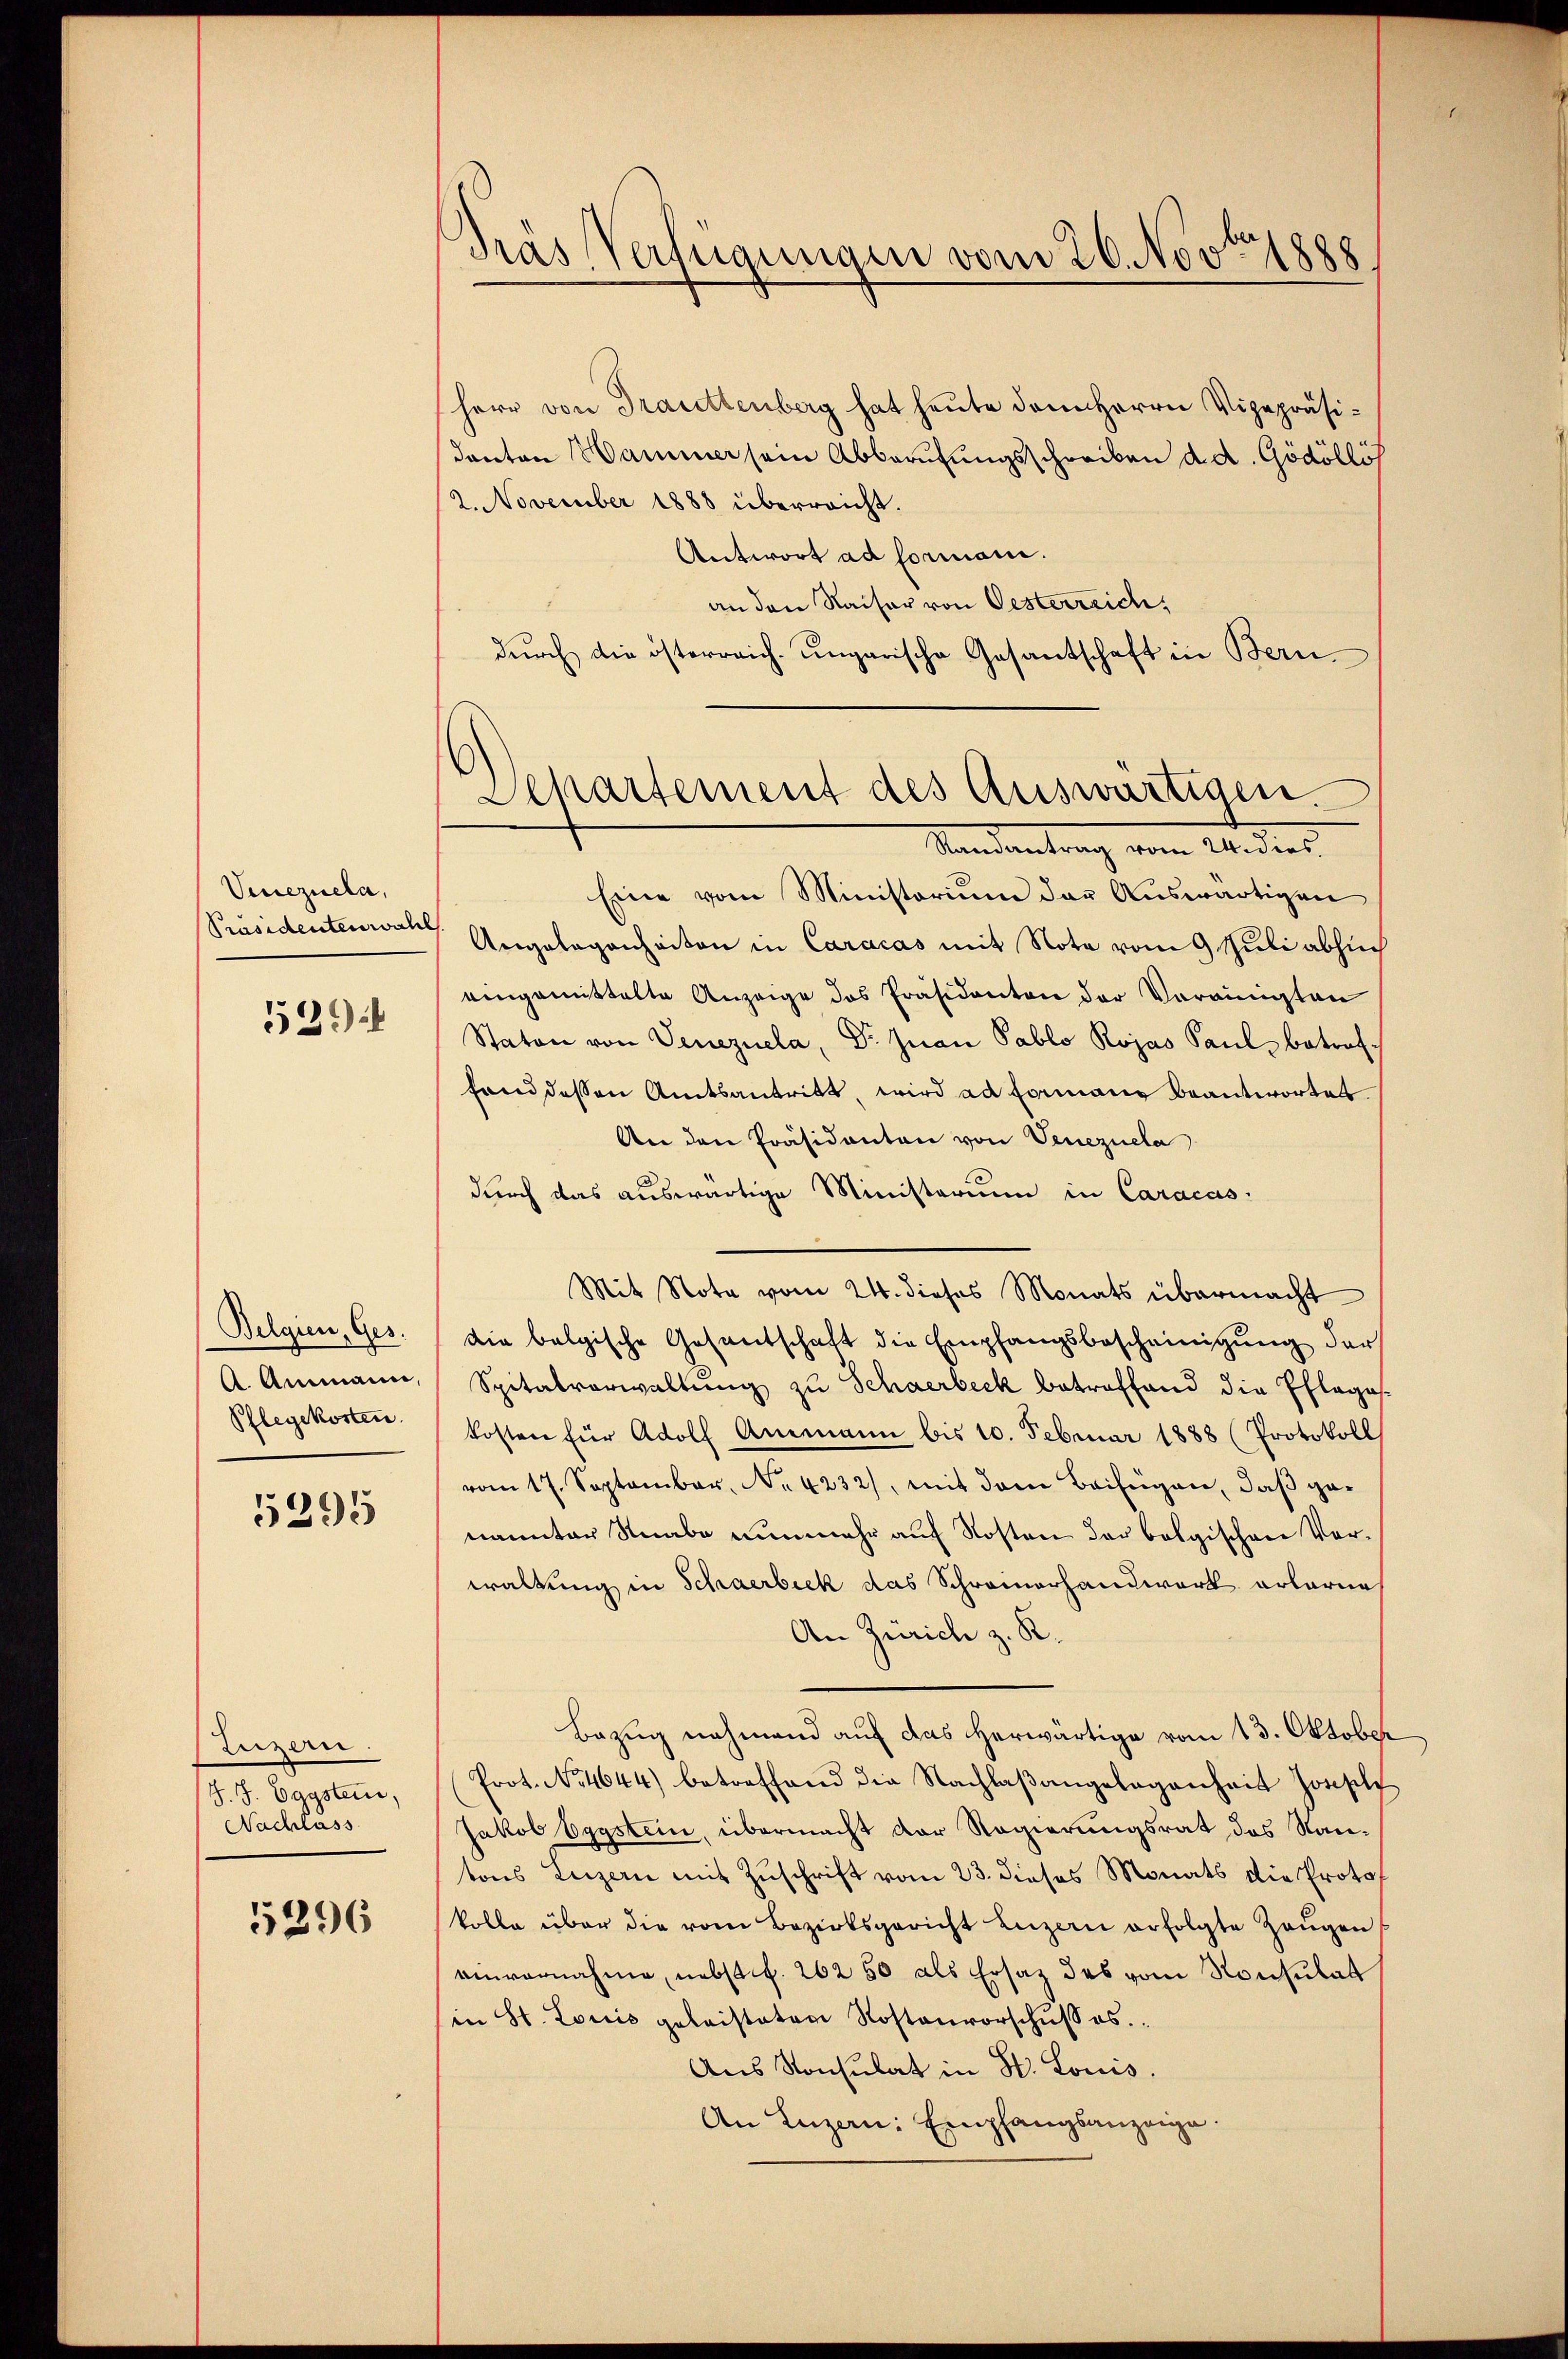
Venezuela,

539.

Belgien, Ges.
Pflegekosten

5295

Luzern.
J. J. Eggsten,
Nachlass

5296

Gras Verfügungen vom 20. Novbr. 1888

herr von Frauettenberg hat heute dem Herrn Vizepräsi¬
Kanton Hammer sein Abberufungsschreiben d. d. Gödölli
2. November 1888 überreicht.
Antwort ad formani.
an den Kaiser von Oesterreich,
dŭrch die österreich ungarische Gesantschaft in Bern
Standentrag vom Widers
Eine vom Ministorium der Auswärtigen
Präsidentenwart Angelegenheiten in Caracas mit Note vom 9 Juli absuch
eingemittelte Anzeige des Präsidenten der Vereinigten
Staton von Venezuela, Dr. Juan Pablo Rojas Paul betroffand dessen Amtsantritt, wird ad Formang beantwortet
An den Präsidenten von Venezuela
durch das auswärtige Ministerium in Caracas:
Mit Note vom 24. dieses Monats übermacht
die belgische Gesantschaft die Empfangsbescheinigung der
A. Ammann, Spitalverwaltŭng zŭ Schaerbeck betreffend die Ehlagas-
kosten für Adolf Ammann bis 10. Februar 1888 (Protokoll
vom 17. September, No. 4232), mit dem Beifügen, daß genannter Knabe nunmehr auf Kosten der bolgischen Vor-
waltung in Schaerbeck das Schreinerhandwerk erlarne
An Zürich z. K.
Bezug nehmend auf das herwärtige vom 13. Oktober
Prot. No. 4644) betreffend die Nachlaβangelegenheit Jossel
Jakob Eggstein, übermacht der Regierungsrat des Kantons Luzern mit Zuschrift vom 23. dieses Monats die Protokolle über die vom Bezirksgericht Luzern erfolgte Zeŭgen
einvernahme, nebst f. 262 50 als Ersatz des vom Konsulat
(in St. Loris geleisteten Rostenvorschŭβ es.
Aus Konsulat in W. Louis.
An Luzern: Empfangsanzeige.

Departement des Auswärtigen.